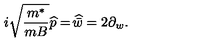
i \sqrt { \frac { m ^ { * } } { m B } } \widehat { p } = \widehat { \! \bar { w } } = 2 \partial _ { w } .